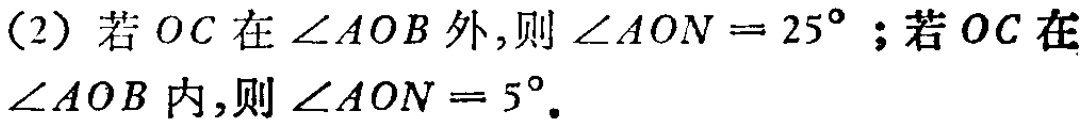
（2）若 \(OC\) 在 \(\angle AOB\) 外，则 \(\angle AON = 25^{\circ}\)；若 \(OC\) 在 \(\angle AOB\) 内，则 \(\angle AON = 5^{\circ}\)。